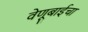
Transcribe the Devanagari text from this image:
वेणूबाईचा